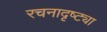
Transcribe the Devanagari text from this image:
रचनादृष्ट्या